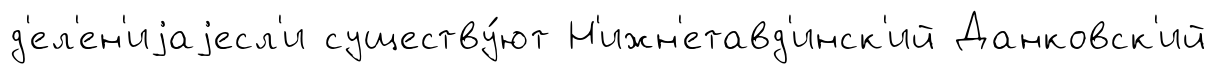
д'ел'ен'иjаjесл'и существу́ют Н'ижн'етавд'инск'ий Данковск'ий